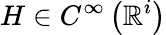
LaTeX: H\in C^{\infty}\left(\mathbb{R}^{i}\right)